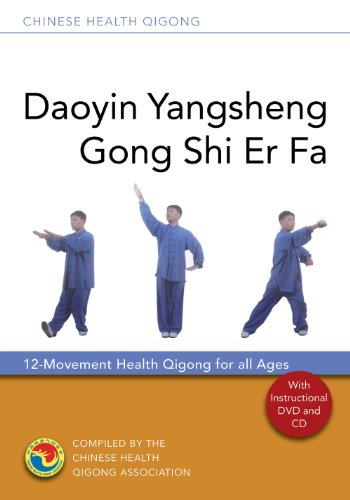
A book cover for Daoyin Yangsheng Gong Shi Er Fa: 12 Movement Health Qigong for All Ages (Book & CD + DVD) (Chinese Health Qigong); Health, Fitness & Dieting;